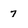
Character: 7